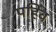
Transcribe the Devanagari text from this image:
पहिव